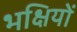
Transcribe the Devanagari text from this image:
भक्षियों